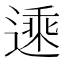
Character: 𬨾